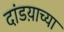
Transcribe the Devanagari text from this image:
दांडय़ाच्या